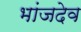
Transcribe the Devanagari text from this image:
भांजदेव